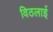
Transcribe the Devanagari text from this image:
विठलाई